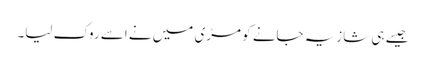
جیسے ہی شازیہ جانے کو مڑی میں نے اسے روک لیا۔